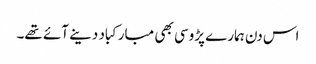
اس دن ہمارے پڑوسی بھی مبارکباد دینے آئے تھے۔